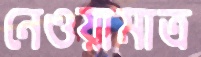
নেওয়ামাত্র